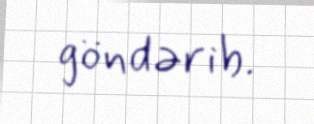
göndərib.